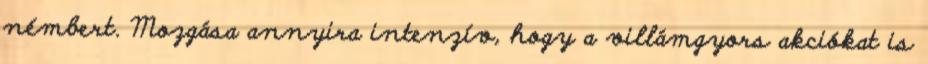
némbert. Mozgása annyira intenzív, hogy a villámgyors akciókat is